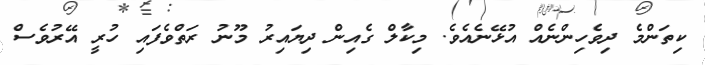
ކިތަންމެ ދިވެހިންނެއް އުޅޭނެއެވެ. މިކާލް ގެއިން ދިޔައިރު މޫނު ރަތްވެފައި ހުރީ އޭރުވެސް